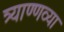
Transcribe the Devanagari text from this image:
त्र्याण्णव्या